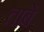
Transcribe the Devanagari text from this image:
ताबें